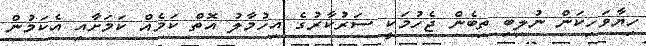
ހިޔާވަހިކަން ނުލިބި ތިބެން ޖެހުމަކީ ސަރުކާރުގެ އިހުމާލު އޮތް ކަމެއް ކަމަށާއި އެކަމުން